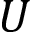
U